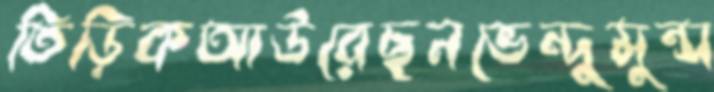
তিড়িকআউরেছনভেন্দুমুন্স